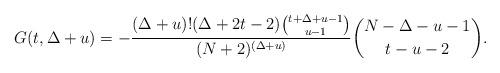
LaTeX: \begin{align*}G(t,\Delta+u)=-\frac{(\Delta+u)!(\Delta+2t-2)\binom{t+\Delta+u-1}{u-1}}{(N+2)^{(\Delta+u)}}\binom{N-\Delta-u-1}{t-u-2}.\end{align*}